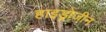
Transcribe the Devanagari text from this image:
हाइड्रोजीन